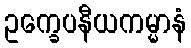
ဥက္ခေပနီယကမ္မာနံ